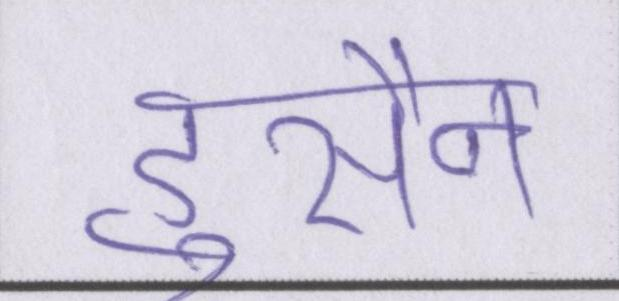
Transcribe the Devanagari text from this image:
हुसैन